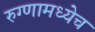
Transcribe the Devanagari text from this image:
रुग्णामध्येच